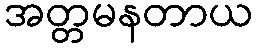
အတ္တမနတာယ